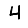
Digit: 4